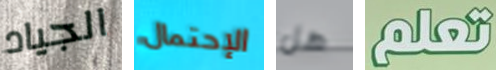
الجياد الإحتمال هل تعلم